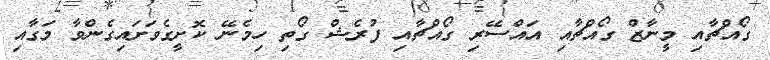
ގޯއްޗާއި މީނާޒް ގޯއްޗާއި އައްސޭރި ގޯއްޗާއި ފުރެޝް ގޯތި ހިމެނޭ ކޮށީގެވަށައިގެންވާ މަގާއި